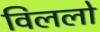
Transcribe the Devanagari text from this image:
विललो